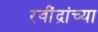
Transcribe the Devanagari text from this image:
रवींद्रांच्या